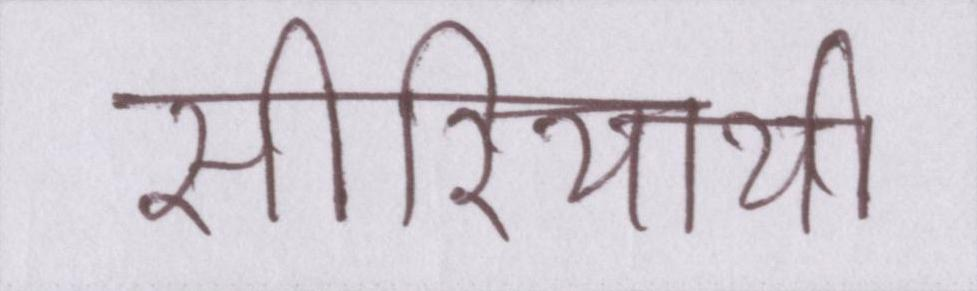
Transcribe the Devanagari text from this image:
सीरियायी